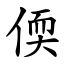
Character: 偄